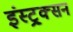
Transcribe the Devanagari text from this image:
इंस्ट्र्क्सन